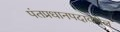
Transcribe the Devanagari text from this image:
पंतप्रधानपदावरील